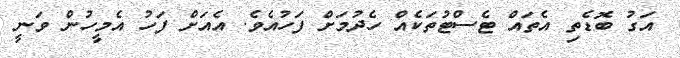
އަގު ބޮޑެތި އެތައް ޓެސްޓުތަކެއް ހެދުމަށް ފަހުއެވެ. އެއަށް ފަހު އެމީހުން ވަނީ